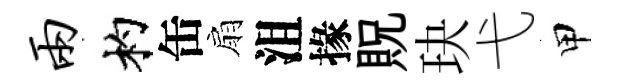
两杓缶扇沮掾貺玦弋甲